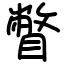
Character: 瞥